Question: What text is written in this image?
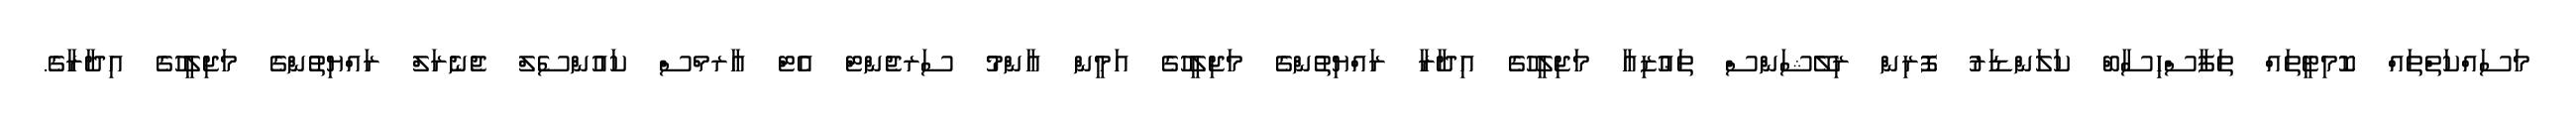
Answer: މަސައްކަތްތައް ކޮމިޓީތައް ތަފާސްހިސާބް ކަލަންޑަރު ފޮރިން ރިލޭޝަންސް ތަޢުޒިއާ މަޖިލީހުގެ އިދާރާ ރައްޔިތުންގެ މަޖިލީހުގެ އަމީން ޢާންމު ސަރޖެންޓް އެޓް އާރމްސް ކައުންސެލް ޖެނެރަލް ރައްޔިތުންގެ މަޖިލީހުގެ އިދާރާގެ.